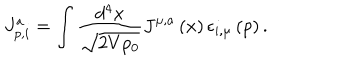
J _ { p , i } ^ { a } = \int \frac { d ^ { 4 } x } { \sqrt { 2 V p _ { 0 } } } J ^ { \mu , a } \left( x \right) \epsilon _ { i , \mu } \left( p \right) .